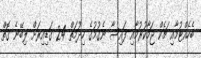
ބެހެއްޓުމާއި ޗެކް ޖަމާކުރުމާއި ފައިސާ ނެގުމުގެ ހިދުމަތް 24 ގަޑިއިރަށް ލިބޭނެ ގޮތް